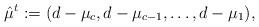
LaTeX: \begin{align*}\hat{\mu}^t:=(d-\mu_c,d-\mu_{c-1},\dots, d-\mu_1),\end{align*}